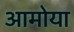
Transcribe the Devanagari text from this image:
आमोया